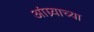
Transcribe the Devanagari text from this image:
आंग्र्याच्या